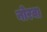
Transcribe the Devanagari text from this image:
नोरवा